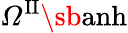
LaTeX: \varOmega^{\mathrm{II}}\sb{\textnormal{anh}}